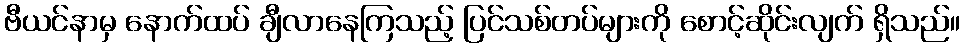
ဗီယင်နာမှ နောက်ထပ် ချီလာနေကြသည့် ပြင်သစ်တပ်များကို စောင့်ဆိုင်းလျက် ရှိသည်။